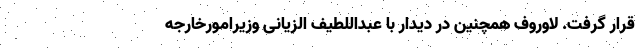
قرار گرفت. لاوروف همچنین در دیدار با عبداللطیف الزیانی وزیرامورخارجه